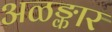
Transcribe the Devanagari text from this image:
अळङ्कार